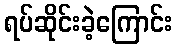
ရပ်ဆိုင်းခဲ့ကြောင်း